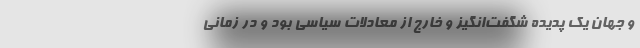
و جهان یک پدیده شگفت‌انگیز و خارج از معادلات سیاسی بود و در زمانی